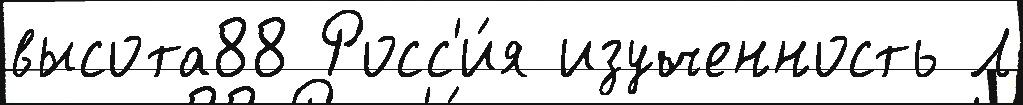
высота88 Росс'и́я изученность Л